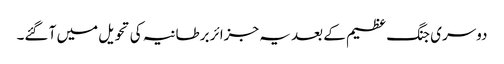
دوسری جنگ عظیم کے بعد یہ جزائر برطانیہ کی تحویل میں آ گئے۔